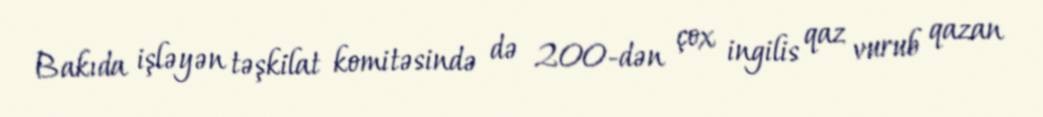
Bakıda işləyən təşkilat komitəsində də 200-dən çox ingilis qaz vurub qazan